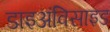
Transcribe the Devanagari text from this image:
डाइअंविसाइड